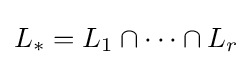
L_{*}=L_{1}\cap \cdots \cap L_{r}